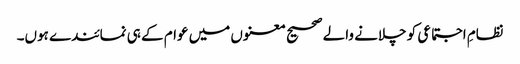
نظامِ اجتماعی کو چلانے والے صحیح معنوں میں عوام کے ہی نمائندے ہوں۔